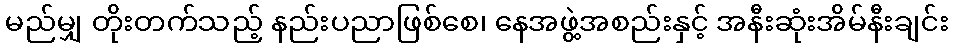
မည်မျှ တိုးတက်သည့် နည်းပညာဖြစ်စေ၊ နေအဖွဲ့အစည်းနှင့် အနီးဆုံးအိမ်နီးချင်း